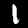
Digit: 1